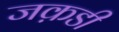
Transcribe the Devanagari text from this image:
जक़डी